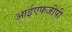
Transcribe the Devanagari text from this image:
आईएफजीपी